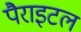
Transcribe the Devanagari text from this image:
पैराइटल